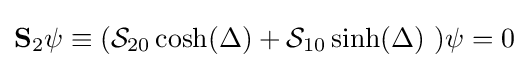
\mathbf {S} _{2}\psi \equiv ({\mathcal {S}}_{20}\cosh(\Delta )+{\mathcal {S}}_{10}\sinh(\Delta )~)\psi =0